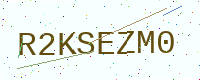
Text: R2KSEZM0